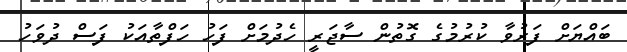
ބައްޔަށް ފަރުވާ ކުރުމުގެ ގޮތުން ސާޖަރީ ހެދުމަށް ފަހު ހަފްތާއަކު ފަސް ދުވަހު